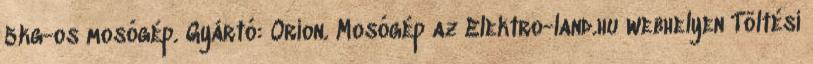
5kg-os mosógép. Gyártó: Orion. Mosógép az Elektro-land.hu webhelyen Töltési